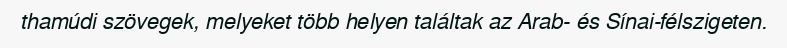
thamúdi szövegek, melyeket több helyen találtak az Arab- és Sínai-félszigeten.